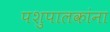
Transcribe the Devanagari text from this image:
पशुपालकांना